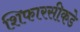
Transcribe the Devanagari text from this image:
शिफारसीकडे